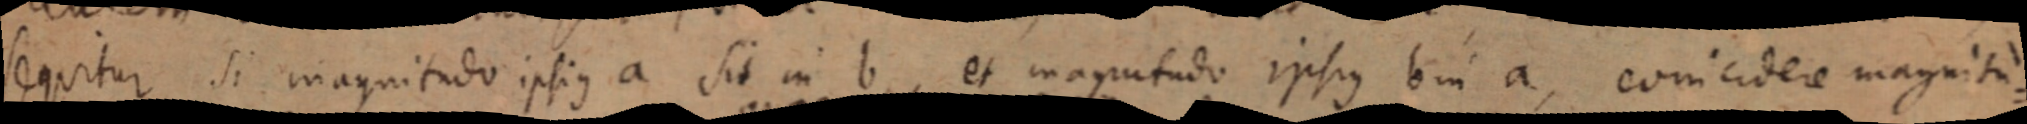
sequitur si magnitudo ipsius a sit in b et magnitudo ipsius b in a, concidere magnitu